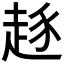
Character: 𰷷